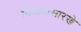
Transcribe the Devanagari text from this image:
किल्ल्यासारखे